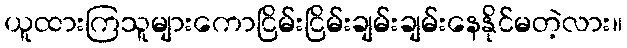
ယူထားကြသူများကောငြိမ်းငြိမ်းချမ်းချမ်းနေနိုင်မတဲ့လား။